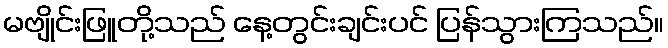
မဗျိုင်းဖြူတို့သည် နေ့တွင်းချင်းပင် ပြန်သွားကြသည်။